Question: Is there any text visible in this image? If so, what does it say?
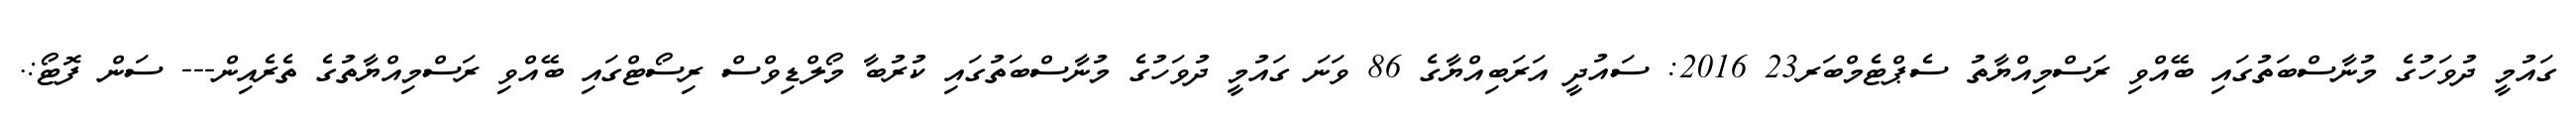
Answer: ގައުމީ ދުވަހުގެ މުނާސްބަތުގައި ބޭއްވި ރަސްމިއްޔާތު ސެޕްޓެމްބަރ23 2016: ސައުދީ އަރަބިއްޔާގެ 86 ވަނަ ގައުމީ ދުވަހުގެ މުނާސްބަތުގައި ކުރުބާ މޯލްޑިވްސް ރިސޯޓްގައި ބޭއްވި ރަސްމިއްޔާތުގެ ތެރެއިން--- ސަން ފޮޓޯ:.